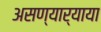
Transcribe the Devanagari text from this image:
असण्यार्‍याया